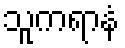
သူကရာနံ